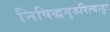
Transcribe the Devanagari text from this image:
निषिद्धगुरुरित्याहुः